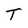
Character: T